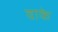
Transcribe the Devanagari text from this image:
वाके